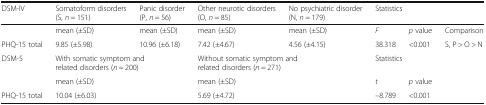
<table><thead><tr><td><b>DSM-IV</b></td><td><b>Somatoform disorders (S, <i>n</i> = 151)</b></td><td><b>Panic disorder (P, <i>n</i> = 56)</b></td><td><b>Other neurotic disorders (O, <i>n</i> = 85)</b></td><td><b>No psychiatric disorder (N, <i>n</i> = 179)</b></td><td colspan="3"><b>Statistics</b></td></tr></thead><tbody><tr><td></td><td>mean (±SD)</td><td>mean (±SD)</td><td>mean (±SD)</td><td>mean (±SD)</td><td><i>F</i></td><td><i>p</i> value</td><td>Comparison</td></tr><tr><td>PHQ-15 total</td><td>9.85 (±5.98)</td><td>10.96 (±6.18)</td><td>7.42 (±4.67)</td><td>4.56 (±4.15)</td><td>38.318</td><td>&lt;0.001</td><td>S, P &gt; O &gt; N</td></tr><tr><td>DSM-5</td><td colspan="2">With somatic symptom and related disorders (<i>n</i> = 200)</td><td colspan="2">Without somatic symptom and related disorders (<i>n</i> = 271)</td><td colspan="3">Statistics</td></tr><tr><td></td><td colspan="2">mean (±SD)</td><td colspan="2">mean (±SD)</td><td><i>t</i></td><td><i>p</i> value</td><td></td></tr><tr><td>PHQ-15 total</td><td colspan="2">10.04 (±6.03)</td><td colspan="2">5.69 (±4.72)</td><td>–8.789</td><td>&lt;0.001</td><td></td></tr></tbody></table>